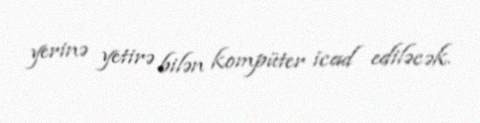
yerinə yetirə bilən kompüter icad ediləcək.